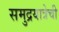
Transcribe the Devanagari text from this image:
समुद्रयात्रेची